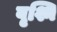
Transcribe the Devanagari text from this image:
वृश्नि